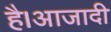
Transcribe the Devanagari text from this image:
है।आजादी